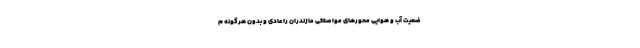
ضعیت آب و هوایی محورهای مواصلاتی مازندران را عادی و بدون هرگونه م